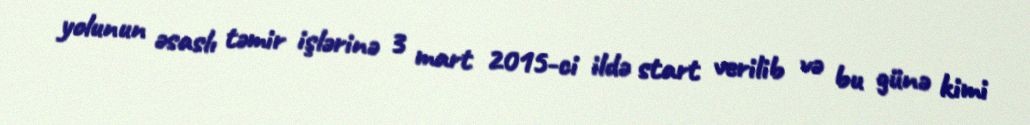
yolunun əsaslı təmir işlərinə 3 mart 2015-ci ildə start verilib və bu günə kimi